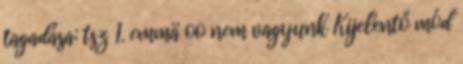
tagadása: tsz 1. emmä oo nem vagyunk Kijelentő mód